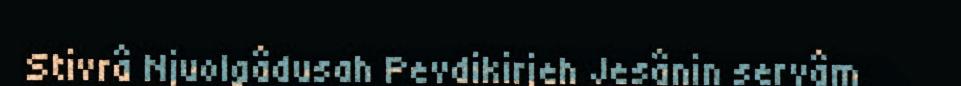
Stivrâ Njuolgâdusah Pevdikirjeh Jesânin servâm